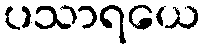
ပသာရယေ